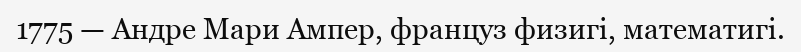
1775 — Андре Мари Ампер, француз физигі, математигі.